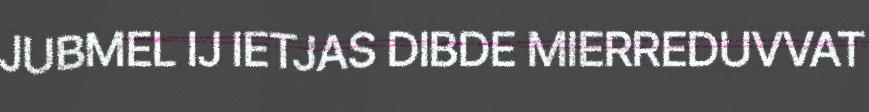
JUBMEL IJ IETJAS DIBDE MIERREDUVVAT